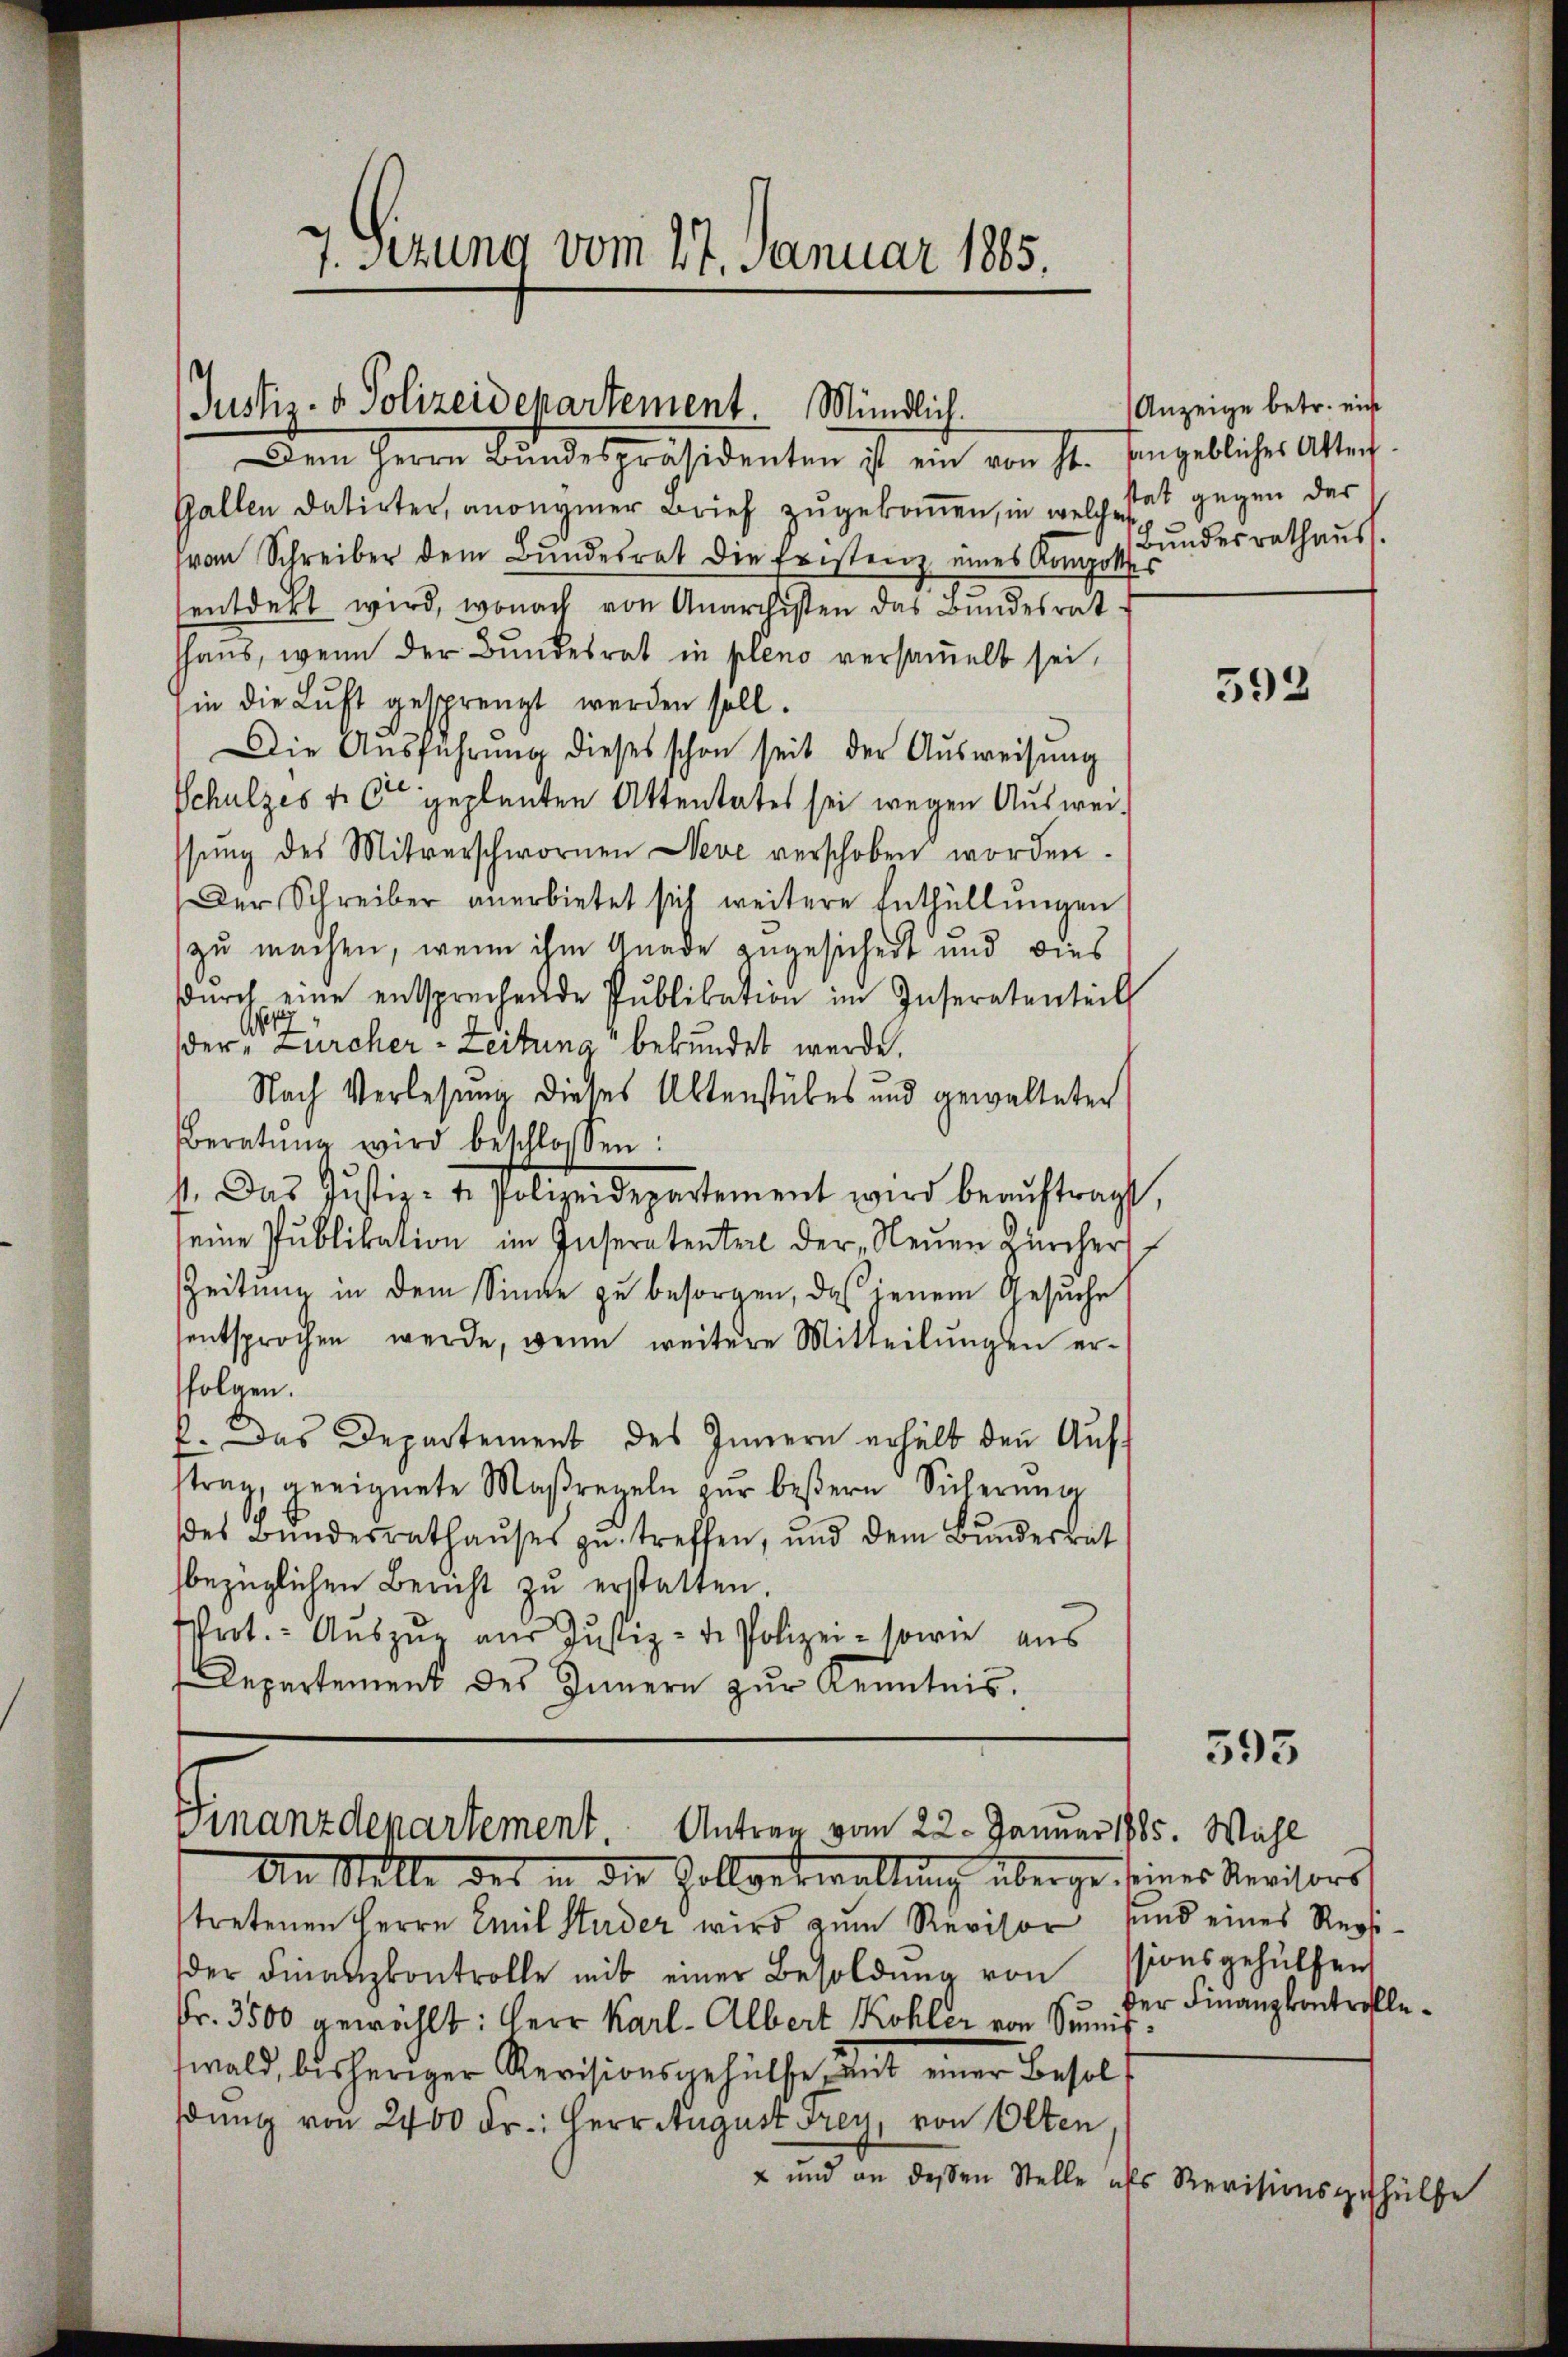
Justiz- u. Polizeidepartement Mündlich.
Dem Herrn Bŭndespräsidenten ist ein von Sr. Eingebliches Akten

7. Setzung vom 27. Januar 1885.

Gallen datirter, anonymer Brief zugekommen, in welche stat gegen der
frau Schreiber dem Bundesrat die Fristenz eines Kompottes
entdekt wird, wonach von Anarchisten das Bundesrat
hhaus, wenn der Bundesrat in pleno versammelt sei,
in die Luft gesprengt werden soll.
Die Aŭsführŭng dieses schon seit der Ausweisung
Schulzes v. Cie geplanten Attentates sei wegen Ausweissŭng des Mitverschwornen Neve verschoben worden.
Der Schreiber anerbietet sich weitere Enthüllungen
zu machen, wenn ihm Gnade zugesichert und dies
dŭrch eine entsprechende Pŭblikation im Inseretenteil
der Zürcher-Zeitung bekundet werde.
Nach Verlesung dieses Altenstubes und gewalteten
Beratŭng wird beschlossen:
st. Das Justiz- u. Polizeidepartement wird beaŭftragt,
seine Pŭblikation im Inseretenteil der Neŭen Zürcher
Zeitung in dem Sinne zu besorgen, daß jenem Gesuche
entsprochen werde, wenn weitere Mitteilungen ersfolgen.
f. Das Departement des Innern erhält den Auf-
strag geeignete Maßregeln zŭr beßern Sicherŭng
des Bŭndesrathaŭses zŭ treffen, und dem Bŭndesrat
bezüglichen Bericht zŭ erstatten.
rot. Aŭszŭg aŭs Jŭstiz - de Polizei- sowie aus
Departement des Innern zur Kenntnis.

Finanzdepartement. Antrag vom 22. Januar 1885. Wahl
An Stelle des in die Zollverwaltung überge seines Revisors

Anzeige betr. nicht
Bundesrathaus.

stretenen Herrn Emil Studer wird zum Revisor und eines Regider Finanzkontrolle mit einer Besoldung von
Fr. 3500 gewählt: Herr Karl-Albert Kohler von Sumit
swald, bisheriger Revisionsgehülfe, und einer Besoldung von 2400 Fr: Herr August drey, von Olten
" und an dessen Stelle als Revisionsgehülfe

592

ssionsgehülfen
der Finanzkontrolle¬

595